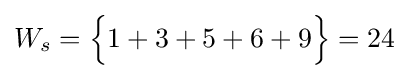
W_{s}={\Big \lbrace }1+3+5+6+9{\Big \rbrace }=24